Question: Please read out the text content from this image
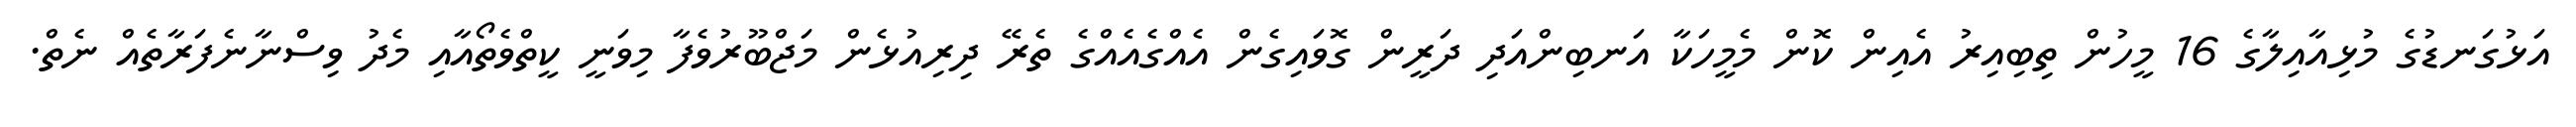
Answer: އަޅުގަނޑުގެ މުޅިއާއިލާގެ 16 މީހުން ތިބިއިރު އެއިން ކޮން މެމީހަކާ އަނބިންއަދި ދަރީން ގޮވައިގެން އެއްގެއެއްގެ ތެރޭ ދިރިއުޅެން މަޖްބޫރުވެފާ މިވަނީ ކީތްވެތޯއާއި މެދު ވިސްނާނެފަރާތެއް ނެތް.